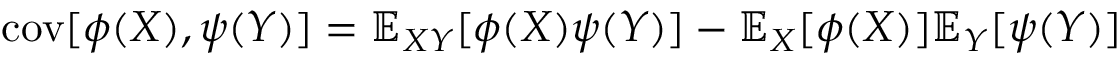
\operatorname { c o v } [ \phi ( X ) , \psi ( Y ) ] = \mathbb { E } _ { X Y } [ \phi ( X ) \psi ( Y ) ] - \mathbb { E } _ { X } [ \phi ( X ) ] \mathbb { E } _ { Y } [ \psi ( Y ) ]